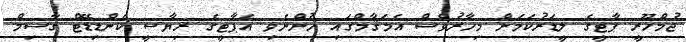
ޖުމްހޫރީ ޕާޓީގެ ލީޑަރުކަމަށް މިހާރުވެސް އެމަޤާމްގައި ހުންނެވި އެޕާޓީގެ ރިޔާސީ ކެންޑިޑޭޓް ގާސިމް